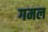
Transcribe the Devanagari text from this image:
गमल